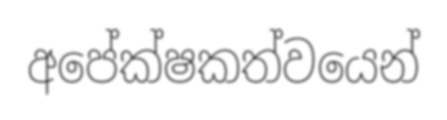
අපේක්ෂකත්වයෙන්